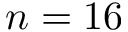
n = 1 6